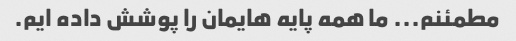
مطمئنم... ما همه پایه هایمان را پوشش داده ایم.